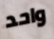
واحد